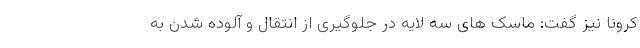
کرونا نیز گفت: ماسک های سه لایه در جلوگیری از انتقال و آلوده شدن به